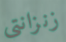
زنزانتي